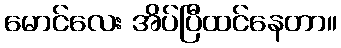
မောင်လေး အိပ်ပြီထင်နေတာ။